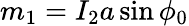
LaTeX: m_{1}=I_{2}a\sin\phi_{0}